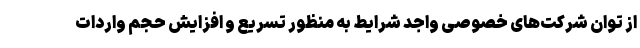
از توان شرکت‌های خصوصی واجد شرایط به منظور تسریع و افزایش حجم واردات